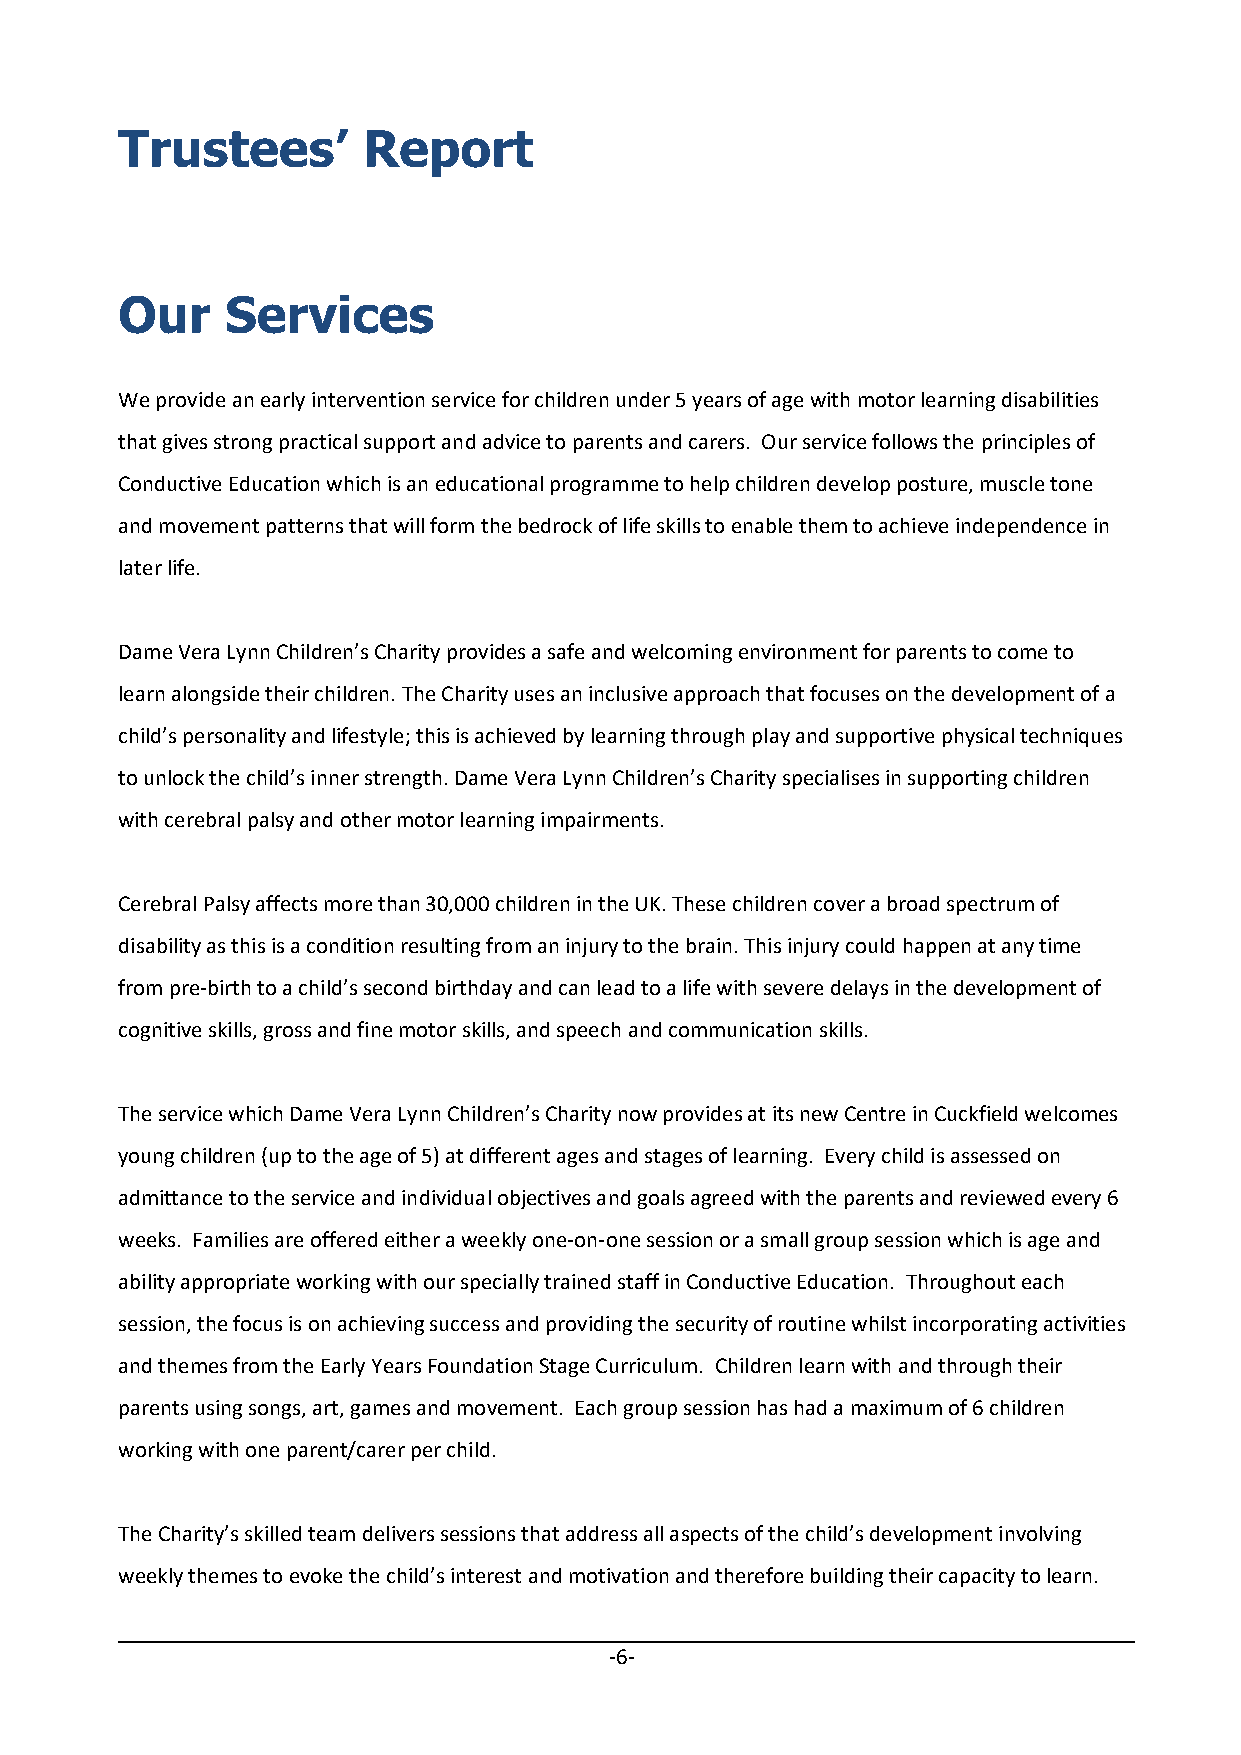
Trustees’       Report
 Our    Services
 We provide an early intervention service for children under 5 years of age with motor learning disabilities
 that gives strong practical support and advice to parents and carers. Our service follows the principles of
 Conductive Education which is an educational programme to help children develop posture, muscle tone
 and movement patterns that will form the bedrock of life skills to enable them to achieve independence in
 later life.
 Dame Vera Lynn Children’s Charity provides a safe and welcoming environment for parents to come to
 learn alongside their children. The Charity uses an inclusive approach that focuses on the development of a
 child’s personality and lifestyle; this is achieved by learning through play and supportive physical techniques
 to unlock the child’s inner strength. Dame Vera Lynn Children’s Charity specialises in supporting children
 with cerebral palsy and other motor learning impairments.
 Cerebral Palsy affects more than 30,000 children in the UK. These children cover a broad spectrum of
 disability as this is a condition resulting from an injury to the brain. This injury could happen at any time
 from pre‐birth to a child’s second birthday and can lead to a life with severe delays in the development of
 cognitive skills, gross and fine motor skills, and speech and communication skills.
 The service which Dame Vera Lynn Children’s Charity now provides at its new Centre in Cuckfield welcomes
 young children (up to the age of 5) at different ages and stages of learning. Every child is assessed on
 admittance to the service and individual objectives and goals agreed with the parents and reviewed every 6
 weeks. Families are offered either a weekly one‐on‐one session or a small group session which is age and
 ability appropriate working with our specially trained staff in Conductive Education. Throughout each
 session, the focus is on achieving success and providing the security of routine whilst incorporating activities
 and themes from the Early Years Foundation Stage Curriculum. Children learn with and through their
 parents using songs, art, games and movement. Each group session has had a maximum of 6 children
 working with one parent/carer per child.
 The Charity’s skilled team delivers sessions that address all aspects of the child’s development involving
 weekly themes to evoke the child’s interest and motivation and therefore building their capacity to learn.
 ‐6‐